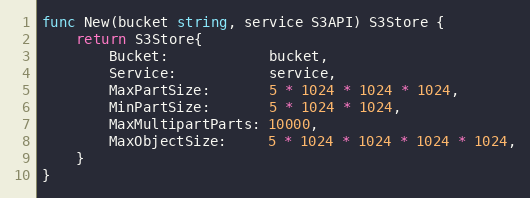
Language: Go
func New(bucket string, service S3API) S3Store {
	return S3Store{
		Bucket:            bucket,
		Service:           service,
		MaxPartSize:       5 * 1024 * 1024 * 1024,
		MinPartSize:       5 * 1024 * 1024,
		MaxMultipartParts: 10000,
		MaxObjectSize:     5 * 1024 * 1024 * 1024 * 1024,
	}
}